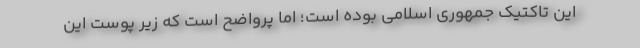
این تاکتیک جمهوری اسلامی بوده است؛ اما پرواضح است که زیر پوست این